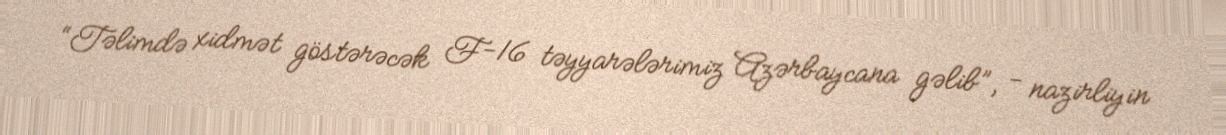
“Təlimdə xidmət göstərəcək F-16 təyyarələrimiz Azərbaycana gəlib”, - nazirliyin